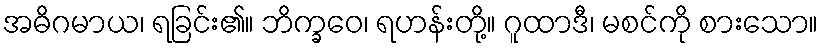
အဓိဂမာယ၊ ရခြင်း၏။ ဘိက္ခဝေ၊ ရဟန်းတို့။ ဂူထာဒီ၊ မစင်ကို စားသော။